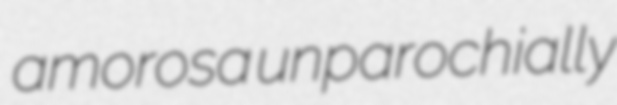
amorosa unparochially